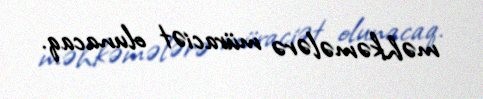
məhkəmələrə müraciət olunacaq.